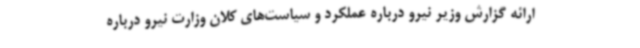
ارائه گزارش وزیر نیرو درباره عملکرد و سیاست‌های کلان وزارت نیرو درباره